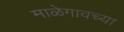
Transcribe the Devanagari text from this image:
माळेगावच्या